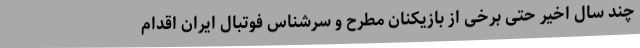
چند سال اخیر حتی برخی از بازیکنان مطرح و سرشناس فوتبال ایران اقدام